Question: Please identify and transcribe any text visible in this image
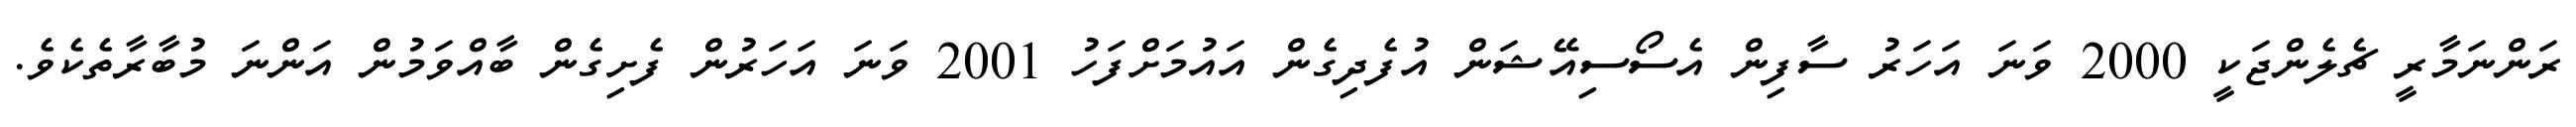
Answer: ރަންނަމާރީ ޗެލެންޖަކީ 2000 ވަނަ އަހަރު ސާފިން އެސޯސިއޭޝަން އުފެދިގެން އައުމަށްފަހު 2001 ވަނަ އަހަރުން ފެށިގެން ބާއްވަމުން އަންނަ މުބާރާތެކެވެ.